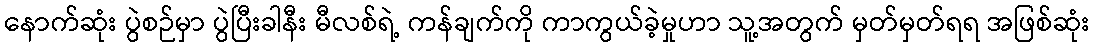
နောက်ဆုံး ပွဲစဉ်မှာ ပွဲပြီးခါနီး မီလစ်ရဲ့ ကန်ချက်ကို ကာကွယ်ခဲ့မှုဟာ သူ့အတွက် မှတ်မှတ်ရရ အဖြစ်ဆုံး